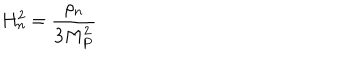
LaTeX: H _ { n } ^ { 2 } = { \frac { \rho _ { n } } { 3 M _ { P } ^ { 2 } } }